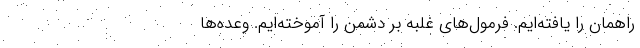
راهمان را یافته‌ایم. فرمول‌های غلبه بر دشمن را آموخته‌ایم. وعده‌ها